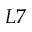
L 7